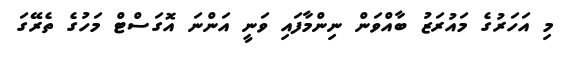
މި އަހަރުގެ މައުރަޒު ބާއްވަން ނިންމާފައި ވަނީ އަންނަ އޮގަސްޓް މަހުގެ ތެރޭގަ